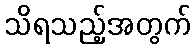
သိရသည့်အတွက်